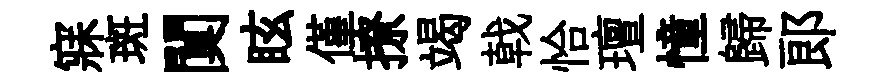
寐斑闃眩僅撩竭戟恰璮憧歸郞